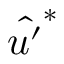
\hat { u ^ { \prime } } ^ { * }